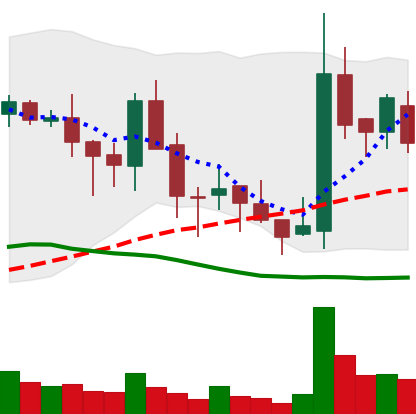
Ticker: BNB-USD
Chart end date: 2018-05-22
Forward return: -9.477%
Label: down_7plus